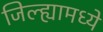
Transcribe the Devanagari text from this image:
जिल्‍ह्यामध्‍ये